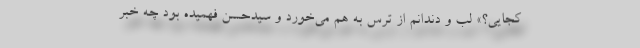
کجایی؟» لب و دندانم از ترس به هم می‌خورد و سیدحسن فهمیده بود چه خبر